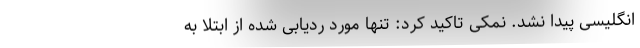
انگلیسی پیدا نشد. نمکی تاکید کرد: تنها مورد ردیابی شده از ابتلا به